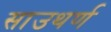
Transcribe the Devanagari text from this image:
साउथर्ण